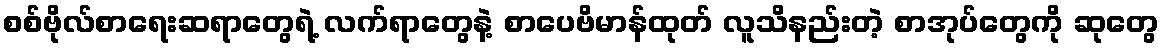
စစ်ဗိုလ်စာရေးဆရာတွေရဲ့ လက်ရာတွေနဲ့ စာပေဗိမာန်ထုတ် လူသိနည်းတဲ့ စာအုပ်တွေကို ဆုတွေ